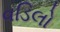
વડિલો